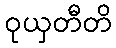
ဝုယှတီတိ